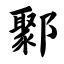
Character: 鄹